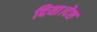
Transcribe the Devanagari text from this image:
दिया।देश